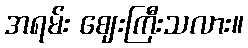
အရမ်း ဈေးကြီးသလား။